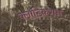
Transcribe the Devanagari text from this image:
क्लॉडिकेशन